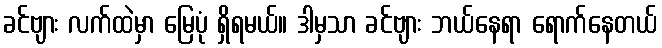
ခင်ဗျား လက်ထဲမှာ မြေပုံ ရှိရမယ်။ ဒါမှသာ ခင်ဗျား ဘယ်နေရာ ရောက်နေတယ်